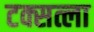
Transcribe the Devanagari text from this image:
टक्सत्ला